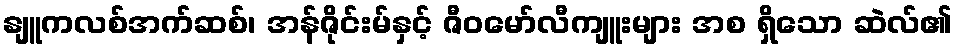
နျူကလစ်အက်ဆစ်၊ အန်ဇိုင်းမ်နှင့် ဇီဝမော်လီကျူးများ အစ ရှိသော ဆဲလ်၏